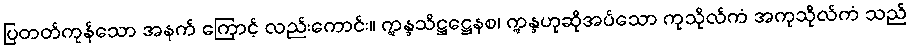
ပြတတ်ကုန်သော အနက် ကြောင့် လည်းကောင်း။ ဣန္ဒသိဋ္ဌဋ္ဌေနစ၊ ဣန္ဒဟုဆိုအပ်သော ကုသိုလ်ကံ အကုသိုလ်ကံ သည်